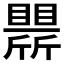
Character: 𣃒